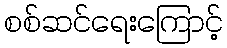
စစ်ဆင်ရေးကြောင့်